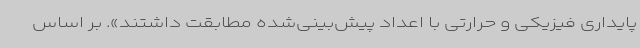
پایداری فیزیکی و حرارتی با اعداد پیش‌بینی‌شده مطابقت داشتند». بر اساس